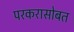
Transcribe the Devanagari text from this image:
परकरासोबत